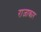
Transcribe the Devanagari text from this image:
राजाकार